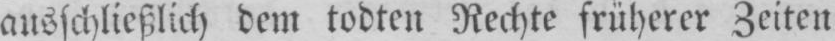
ausschließlich dem todten Rechte früherer Zeiten